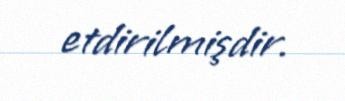
etdirilmişdir.